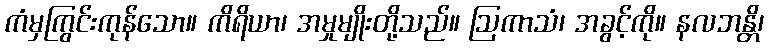
ကံမှကြွင်းကုန်သော။ ကိရိယာ၊ အမှုမျိုးတို့သည်။ ဩကာသံ၊ အခွင့်ကို။ နလဘန္တိ၊